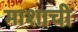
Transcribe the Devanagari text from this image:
माशाची